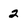
Character: 2